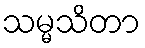
သမ္မသိတာ